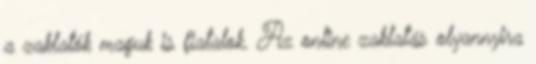
a zaklatók maguk is fiatalok. Az online zaklatás olyannyira